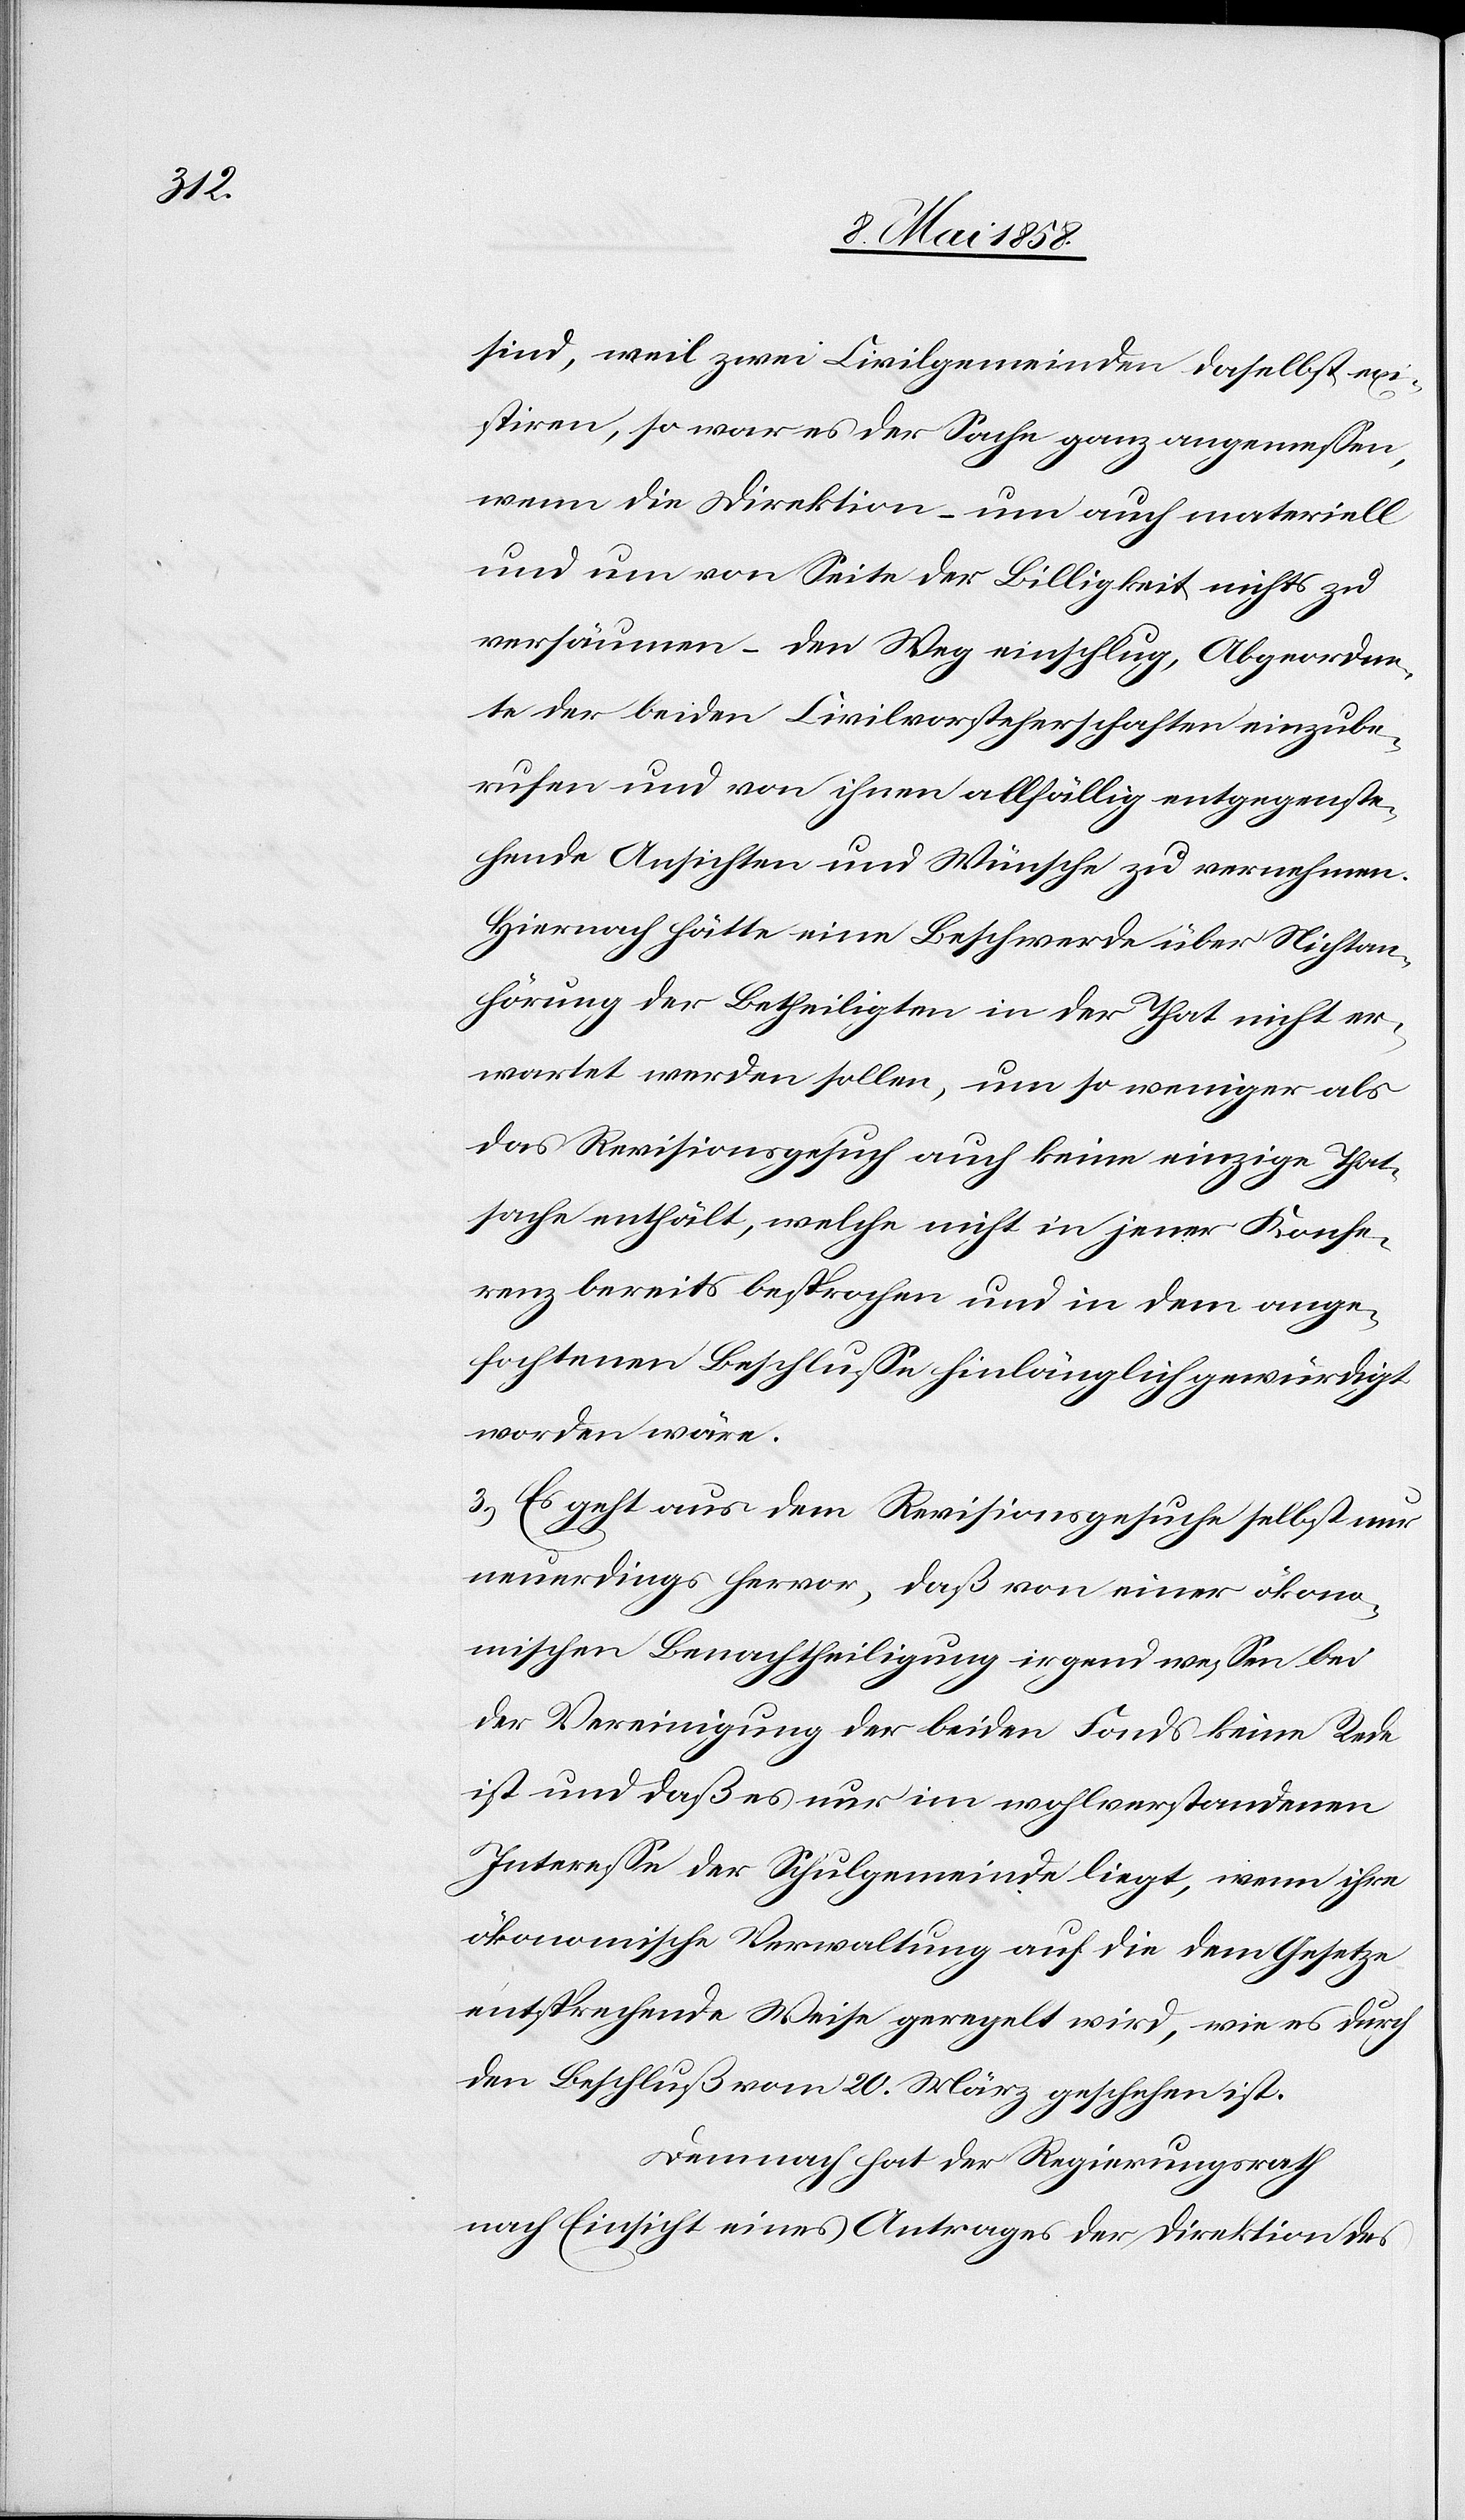
sind, weil zwei Civilgemeinden daselbst exi¬
stiren, so war es der Sache ganz angemessen,
wenn die Direktion – um auch materiell
und um von Seite der Billigkeit nichts zu
versäumen – den Weg einschlug, Abgeordne¬
te der beiden Civilvorsteherschaften einzube¬
rufen und von ihnen allfällig entgegenste¬
hende Ansichten und Wünsche zu vernehmen.
Hiernach hätte eine Beschwerde über Nichtan¬
hörung der Betheiligten in der That nicht er¬
wartet werden sollen, um so weniger als
das Revisionsgesuch auch keine einzige That¬
sache enthält, welche nicht in jener Konfe¬
renz bereits besprochen und in dem ange¬
fochtenen Beschlusse hinlänglich gewürdigt
worden wäre.
3.) Es geht aus dem Revisionsgesuche selbst nur
neuerdings hervor, daß von einer ökono¬
mischen Benachtheiligung irgend wessen bei
der Vereinigung der beiden Fonds keine Rede
ist und daß es nur im wohlverstandenen
Interesse der Schulgemeinde liegt, wenn ihre
ökonomische Verwaltung auf die dem Gesetze
entsprechende Weise geregelt wird, wie es durch
den Beschluß vom 20. März geschehen ist.
Demnach hat der Regierungsrath
nach Einsicht eines Antrages der Direktion des